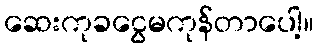
ဆေးကုခငွေမကုန်တာပေါ့။